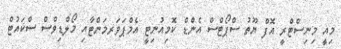
މިއީ މިނިސްޓްރީ އޮފް ޔޫތު ސްޕޯޓްސް އެންޑް ކޮމިއުނިޓީ އެމްޕަވަރމަންޓާއި މޯލްޑިވްސް ސްކައުޓް